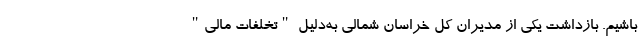
باشیم. بازداشت یکی از مدیران‌ کل خراسان ‌شمالی به‌دلیل "تخلفات مالی"